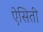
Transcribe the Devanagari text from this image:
ऐसिती